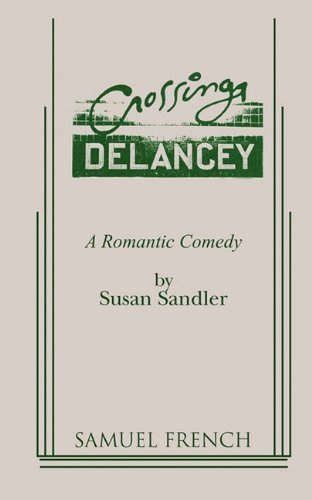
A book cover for Crossing Delancey: A Romantic Comedy; Susan Sandler; Literature & Fiction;